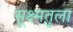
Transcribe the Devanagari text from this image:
सूक्ष्मतुला